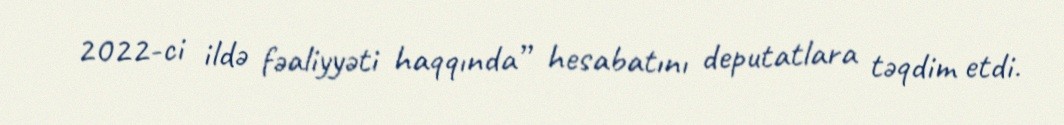
2022-ci ildə fəaliyyəti haqqında” hesabatını deputatlara təqdim etdi.